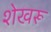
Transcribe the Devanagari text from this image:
शेखरू